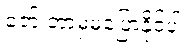
ဇော် ဘာမှမပြောနိုင်ပါ။